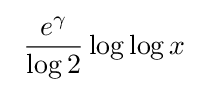
~{\frac {e^{\gamma }}{\log 2}}\log \log x